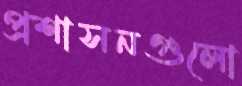
প্রশাসনগুলো